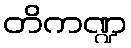
တိကဏ္ဍ